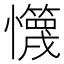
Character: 𰒢